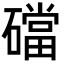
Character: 礑